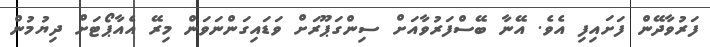
ފަރުވާދޭން ފަށައިފި އެވެ. އޭނާ ބޭސްފަރުވާއަށް ސިންގަޕޫރަށް ވަޑައިގަންނަވަން މިރޭ އެއާޕޯޓަށް ދިޔުމުން